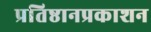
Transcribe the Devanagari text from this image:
प्रतिष्ठानप्रकाशन